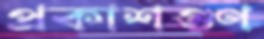
প্রকাশগুণ